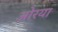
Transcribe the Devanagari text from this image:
ओरया